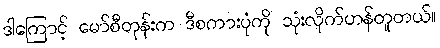
ဒါကြောင့် မော်စီတုန်းက ဒီစကားပုံကို သုံးလိုက်ဟန်တူတယ်။